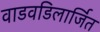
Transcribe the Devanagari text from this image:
वाडवडिलार्जित